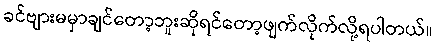
ခင်ဗျားမမှာချင်တော့ဘူးဆိုရင်တော့ဖျက်လိုက်လို့ရပါတယ်။